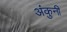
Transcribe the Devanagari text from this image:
अंकुनी